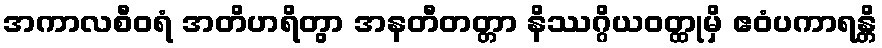
အကာလစီဝရံ အတိဟရိတွာ အနတီတတ္တာ နိဿဂ္ဂိယဝတ္ထုမှိ ဧဝံပကာရန္တိ